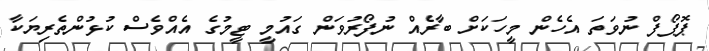
ޕޮޕޯފް ނުވަތަ އެހެން މީހަކަށް ބާރެއް ނުފޯރުވަން ގައުމީ ޓީމުގެ އެއްވެސް ކުޅުންތެރިޔަކާ